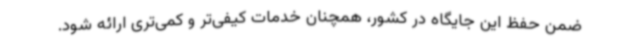
ضمن حفظ این جایگاه در کشور، همچنان خدمات کیفی‌تر و کمی‌تری ارائه شود.